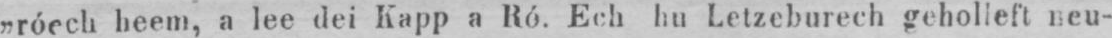
„rôech heem, a lee dei Kapp a Ró. Ech hu Letzeburech geholleft neu-